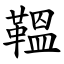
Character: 鞰